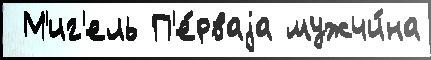
 М'иг'ель П'е́рваjа мужчи́на